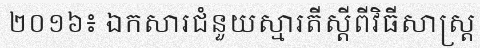
២០១៦៖ ឯកសារជំនួយស្មារតីស្តីពីវិធីសាស្ត្រ